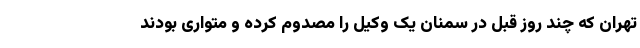
تهران که چند روز قبل در سمنان یک وکیل را مصدوم کرده و متواری بودند